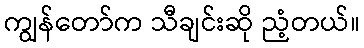
ကျွန်တော်က သီချင်းဆို ညံ့တယ်။